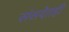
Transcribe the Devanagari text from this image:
संसदेतही